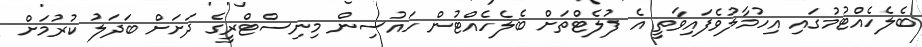
ބެލެހެއްޓުމުގައި އިހުމާލުވެފައިވާތީ އެ ފުލެޓްތަށް ބެލެހެއްޓުން ހައުސިން މިނިސްޓްރީގެ ދަށަށް ބަދަލު ކުރުމަށް